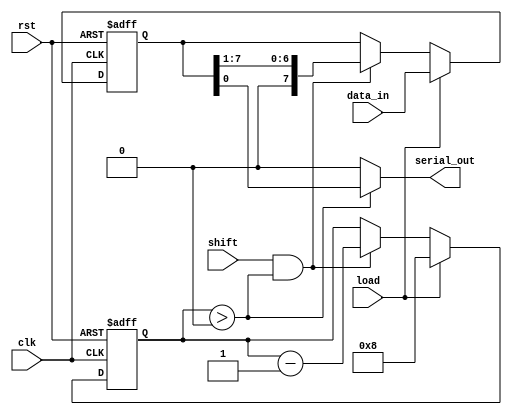
module PISO_Register #(
    parameter N = 8  // Number of parallel data inputs
)(
    input wire [N-1:0] data_in,   // Parallel data input
    input wire load,               // Load control signal
    input wire shift,              // Shift control signal
    input wire clk,                // Clock signal
    input wire rst,                // Reset signal
    output wire serial_out         // Serial data output
);

    reg [N-1:0] shift_reg;         // Shift register to hold the data
    reg [3:0] count;               // Counter for shifting out bits

    // Reset and Load Logic
    always @(posedge clk or posedge rst) begin
        if (rst) begin
            shift_reg <= 0;         // Clear shift register on reset
            count <= 0;             // Reset counter
        end else if (load) begin
            shift_reg <= data_in;   // Load parallel data into shift register
            count <= N;              // Initialize count to the number of bits
        end else if (shift && count > 0) begin
            shift_reg <= {1'b0, shift_reg[N-1:1]}; // Shift left
            count <= count - 1;     // Decrement count
        end
    end

    // Serial output logic
    assign serial_out = (count > 0) ? shift_reg[0] : 1'b0; // Output the LSB when shifting

endmodule